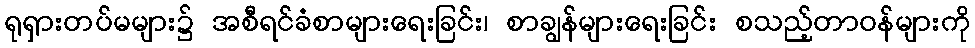
ရုရှားတပ်မများ၌ အစီရင်ခံစာများရေးခြင်း၊ စာချွန်များရေးခြင်း စသည့်တာဝန်များကို